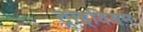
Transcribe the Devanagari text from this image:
ट्राइवियम